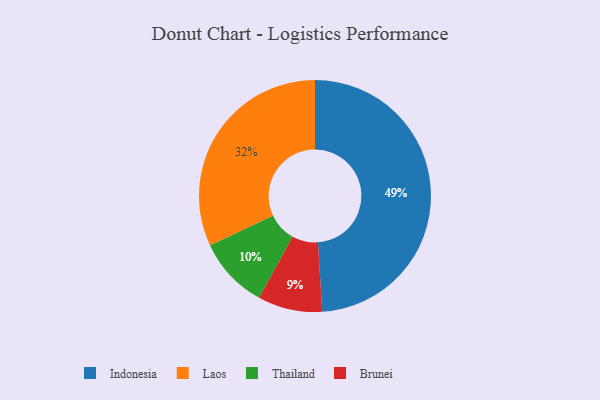
{"axis": {"x": "Category", "y": "Percentage"}, "legend": ["Brunei", "Indonesia", "Laos", "Thailand"], "data": [{"x": "Thailand", "y": 10, "type": "Thailand"}, {"x": "Indonesia", "y": 49, "type": "Indonesia"}, {"x": "Laos", "y": 32, "type": "Laos"}, {"x": "Brunei", "y": 9, "type": "Brunei"}]}